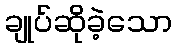
ချုပ်ဆိုခဲ့သော